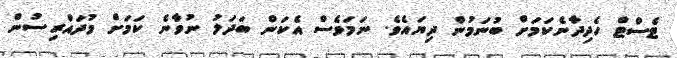
ޓެސްޓް ހެދިދާނެކަމަށް ބުނަމުން ދިޔައެވެ. ނަމަވެސް އެކަން ބަދަލު ނުވާނެ ކަމަށް މުދައްރިސުން